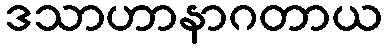
ဒသာဟာနာဂတာယ